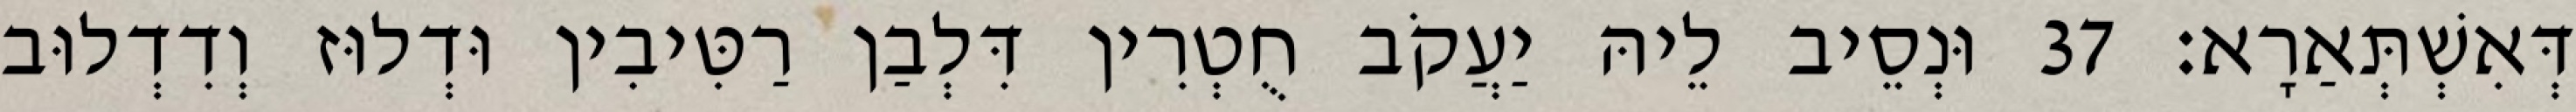
דְּאִשְׁתְּאַרָא׃ 37 וּנְסֵיב לֵיהּ יַעֲקֹב חֻטְרִין דִּלְבַן רַטִּיבִין וּדְלוּז וְדִדְלוּב